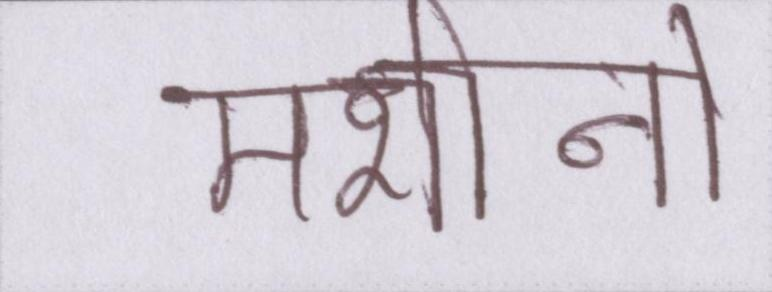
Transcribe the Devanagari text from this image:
मशीनों